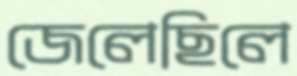
জেলেছিলে